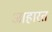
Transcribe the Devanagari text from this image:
आहारत